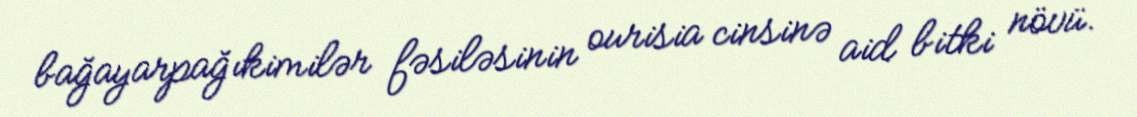
bağayarpağıkimilər fəsiləsinin ourisia cinsinə aid bitki növü.